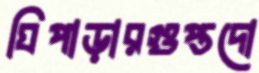
ঘিপাড়ারগুপ্তদো